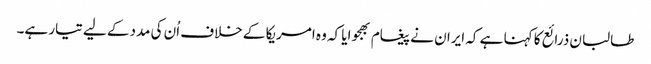
طالبان ذرائع کا کہنا ہے کہ ایران نے پیغام بھجوایا کہ وہ امریکا کے خلاف اُن کی مددکے لیے تیار ہے۔